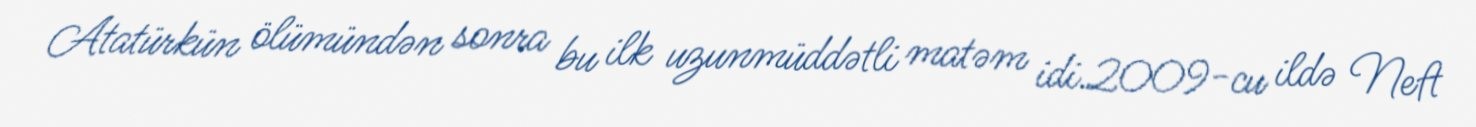
Atatürkün ölümündən sonra bu ilk uzunmüddətli matəm idi.2009-cu ildə Neft